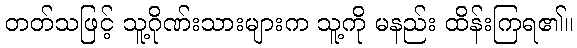
တတ်သဖြင့် သူ့ဂိုဏ်းသားများက သူ့ကို မနည်း ထိန်းကြရ၏။